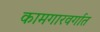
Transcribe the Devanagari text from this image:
कामगारवर्गात